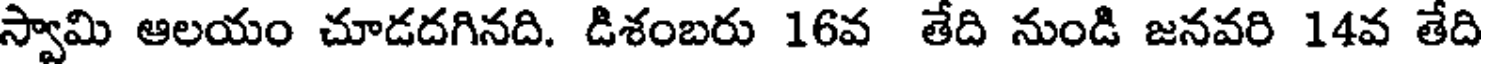
స్వామి ఆలయం చూడదగినది. డిశంబరు 16వ తేది నుండి జనవరి 14వ తేది